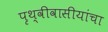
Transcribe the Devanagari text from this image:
पृथ्वीवासीयांचा